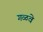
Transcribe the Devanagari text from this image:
गळवे